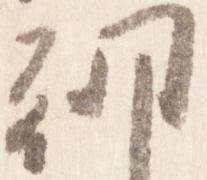
朝